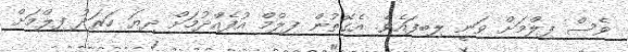
ވެސް ފިލްމަށް ވަނީ ލިބިފައެވެ. އެގޮތުން ފިލްމް އުފެއްދުމަށް ދިޔަ ހަރަދު ފިލްމަށް